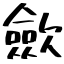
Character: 歛